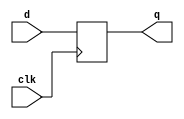
// this unit implement simple 1-bit register
module reg_1bit (clk, d, q);
input clk, d;
output q;

reg q;

always @(posedge clk)
q <= d;

endmodule